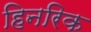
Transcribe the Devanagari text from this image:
हिनरिक